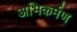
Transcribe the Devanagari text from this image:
अभिकर्मण